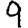
Digit: 9